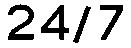
24/7